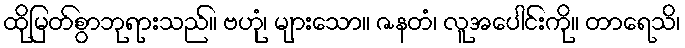
ထိုမြတ်စွာဘုရားသည်။ ဗဟုံ၊ များသော။ ဇနတံ၊ လူအပေါင်းကို။ တာရေသိ၊